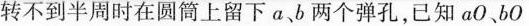
转不到半周时在圆筒上留下αb两个弹孔，已知aO、bO